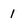
Character: 1